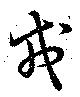
戎